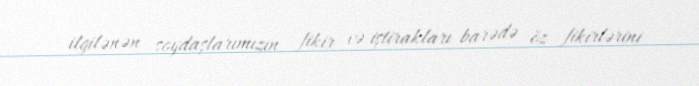
ilgilənən soydaşlarımızın fikir və iştirakları barədə öz fikirlərini